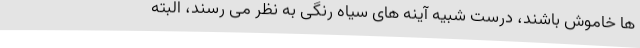
ها خاموش باشند، درست شبیه آینه های سیاه رنگی به نظر می رسند، البته